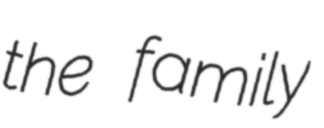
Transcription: the family